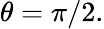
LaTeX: \theta=\pi/2.